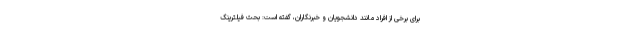
برای برخی از افراد مانند دانشجویان و خبرنگاران، گفته است: بحث فیلترینگ